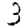
Digit: 3